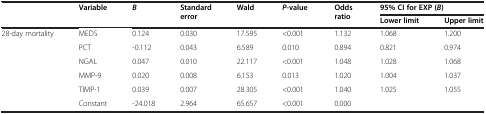
<table><thead><tr><td rowspan="2"></td><td rowspan="2"><b>Variable</b></td><td rowspan="2"><b><i>B</i></b></td><td rowspan="2"><b>Standard error</b></td><td rowspan="2"><b>Wald</b></td><td rowspan="2"><b><i>P</i>-value</b></td><td rowspan="2"><b>Odds ratio</b></td><td colspan="2"><b>95% CI for EXP (<i>B</i>)</b></td></tr><tr><td><b>Lower limit</b></td><td><b>Upper limit</b></td></tr></thead><tbody><tr><td rowspan="6">28-day mortality</td><td>MEDS</td><td>0.124</td><td>0.030</td><td>17.595</td><td>&lt;0.001</td><td>1.132</td><td>1.068</td><td>1.200</td></tr><tr><td>PCT</td><td>-0.112</td><td>0.043</td><td>6.589</td><td>0.010</td><td>0.894</td><td>0.821</td><td>0.974</td></tr><tr><td>NGAL</td><td>0.047</td><td>0.010</td><td>22.117</td><td>&lt;0.001</td><td>1.048</td><td>1.028</td><td>1.068</td></tr><tr><td>MMP-9</td><td>0.020</td><td>0.008</td><td>6.153</td><td>0.013</td><td>1.020</td><td>1.004</td><td>1.037</td></tr><tr><td>TIMP-1</td><td>0.039</td><td>0.007</td><td>28.305</td><td>&lt;0.001</td><td>1.040</td><td>1.025</td><td>1.055</td></tr><tr><td>Constant</td><td>-24.018</td><td>2.964</td><td>65.657</td><td>&lt;0.001</td><td>0.000</td><td></td><td></td></tr></tbody></table>